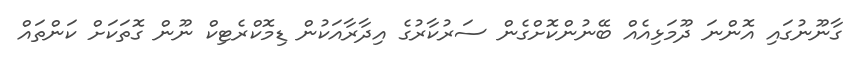
ގާނޫނުގައި އޮންނަ ދޫމަޅިއެއް ބޭނުންކޮށްގެން ސަރުކާރުގެ އިދާރާއަކުން ޑިމޮކްރެޓިކް ނޫން ގޮތަކަށް ކަންތައް